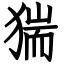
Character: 猯